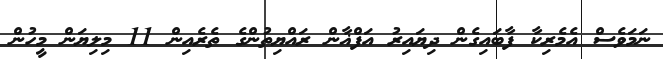
ނަމަވެސް އެމެރިކާ ފާބައިގެން ދިޔައިރު އަފްޣާން ރައްޔިތުންގެ ތެރެއިން 11 މިލިޔަން މީހުން